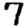
Digit: 7